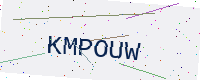
Text: KMPOUW